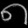
Digit: ၈